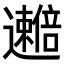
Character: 𫑒